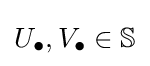
U_{\bullet },V_{\bullet }\in \mathbb {S}